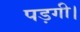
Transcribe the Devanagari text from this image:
पड़गी।